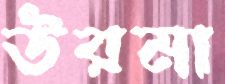
উরমা